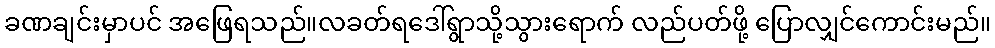
ခဏချင်းမှာပင် အဖြေရသည်။လခတ်ရဒေါ်ရွာသို့သွားရောက် လည်ပတ်ဖို့ ပြောလျှင်ကောင်းမည်။